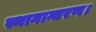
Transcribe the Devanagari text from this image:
स्थानान्तरण।